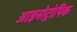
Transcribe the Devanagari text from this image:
आइनोट्रोपिक